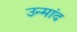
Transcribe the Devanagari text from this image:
उन्मांद